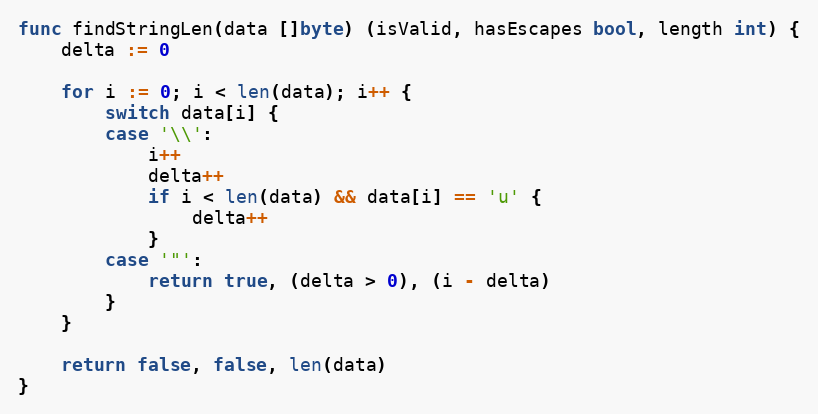
Language: Go
func findStringLen(data []byte) (isValid, hasEscapes bool, length int) {
	delta := 0

	for i := 0; i < len(data); i++ {
		switch data[i] {
		case '\\':
			i++
			delta++
			if i < len(data) && data[i] == 'u' {
				delta++
			}
		case '"':
			return true, (delta > 0), (i - delta)
		}
	}

	return false, false, len(data)
}